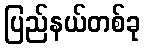
ပြည်နယ်တစ်ခု